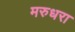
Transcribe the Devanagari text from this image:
मरुधरा